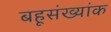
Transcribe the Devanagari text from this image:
बहूसंख्यांक